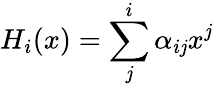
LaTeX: H_{i}(x)=\sum_{\mathit{j}}^{i}\alpha_{i\mathit{j}}x^{\mathit{j}}